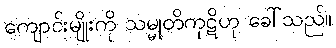
ကျောင်းမျိုးကို သမ္မုတိကုဋိဟု ခေါ်သည်။